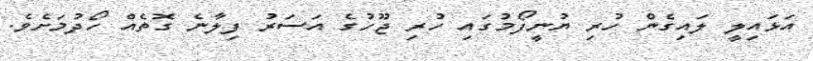
އަޅައިލީ ލައިގެން ހުރި ޔުނީފޯމުގައި ހުރި ޖޫހުގެ އަސަރު ފިލާނެ ގޮތެއް ހޯދުމަށެވެ.